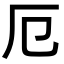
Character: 厄